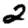
Digit: 2